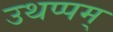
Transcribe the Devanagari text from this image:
उथप्पम्